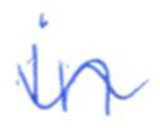
Text: in
Cross-out: wave
Writing tool: ballpoint